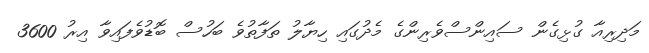
މަދިރިއާ ގުޅިގެން ސައިންސްވެރިންގެ މެދުގައި ހިޔާލު ތަފާތުވެ ބަހުސް ބޮޑުވެފައިވާ އިރު 3600